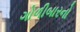
ગોળીબારનો